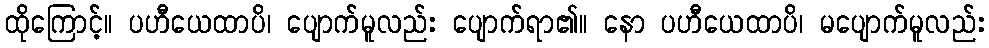
ထိုကြောင့်။ ပဟီယေထာပိ၊ ပျောက်မူလည်း ပျောက်ရာ၏။ နော ပဟီယေထာပိ၊ မပျောက်မူလည်း